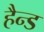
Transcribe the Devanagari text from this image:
हैन्ड